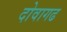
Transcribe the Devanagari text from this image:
दोवागढ